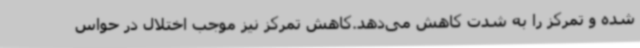
شده و تمرکز را به شدت کاهش می‌دهد.کاهش تمرکز نیز موجب اختلال در حواس